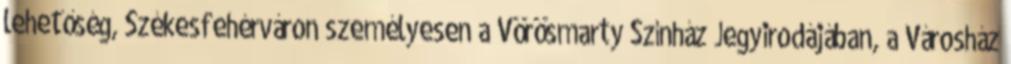
lehetőség, Székesfehérváron személyesen a Vörösmarty Színház Jegyirodájában, a Városház